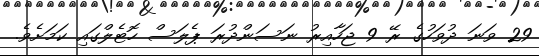
29 ވަނަ ދުވަހުގެ ރޭ 9 ޖަހާއިރު ނަސަންދުރަ ޕެލަސް ހޮޓެލްގައި ކަަމަށެވެ.